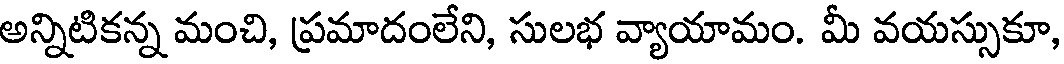
అన్నిటికన్న మంచి, ప్రమాదంలేని, సులభ వ్యాయామం. మీ వయస్సుకూ,